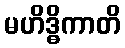
မဟိဒ္ဓိကာတိ